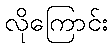
လိုကြောင်း